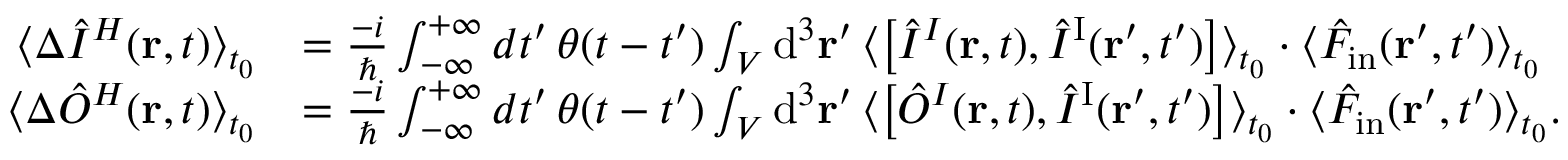
\begin{array} { r l } { \langle \Delta \hat { I } ^ { H } ( { \bf r } , t ) \rangle _ { t _ { 0 } } } & { = \frac { - i } { \hbar } \int _ { - \infty } ^ { + \infty } d t ^ { \prime } \, \theta ( t - t ^ { \prime } ) \int _ { \cal V } \mathrm { d } ^ { 3 } { \bf r } ^ { \prime } \, \langle \left[ \hat { I } ^ { I } ( { \bf r } , t ) , \hat { I } ^ { \mathrm { I } } ( { \bf r } ^ { \prime } , t ^ { \prime } ) \right] \rangle _ { t _ { 0 } } \cdot \langle \hat { F } _ { \mathrm { i n } } ( { \bf r } ^ { \prime } , t ^ { \prime } ) \rangle _ { t _ { 0 } } } \\ { \langle \Delta \hat { O } ^ { H } ( { \bf r } , t ) \rangle _ { t _ { 0 } } } & { = \frac { - i } { \hbar } \int _ { - \infty } ^ { + \infty } d t ^ { \prime } \, \theta ( t - t ^ { \prime } ) \int _ { \cal V } \mathrm { d } ^ { 3 } { \bf r } ^ { \prime } \, \langle \left[ \hat { O } ^ { I } ( { \bf r } , t ) , \hat { I } ^ { \mathrm { I } } ( { \bf r } ^ { \prime } , t ^ { \prime } ) \right] \rangle _ { t _ { 0 } } \cdot \langle \hat { F } _ { \mathrm { i n } } ( { \bf r } ^ { \prime } , t ^ { \prime } ) \rangle _ { t _ { 0 } } . } \end{array}